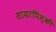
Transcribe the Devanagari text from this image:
सायरपिंस्की